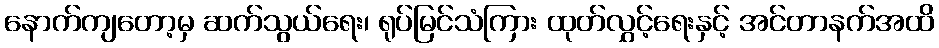
နောက်ကျတော့မှ ဆက်သွယ်ရေး၊ ရုပ်မြင်သံကြား ထုတ်လွှင့်ရေးနှင့် အင်တာနက်အထိ